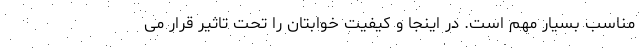
مناسب بسیار مهم است. در اینجا و کیفیت خوابتان را تحت تاثیر قرار می